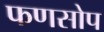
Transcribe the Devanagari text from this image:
फणसोप